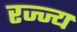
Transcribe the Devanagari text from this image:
रज्ज्य